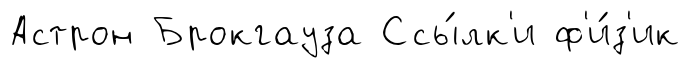
Астрон Брокгауза Ссы́лк'и ф'и́з'ик